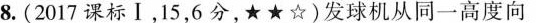
8.(2017课标Ⅰ，15，6分，★★☆)发球机从同一高度向